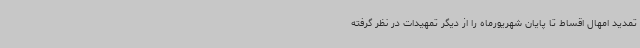
تمدید امهال اقساط تا پایان شهریورماه را از دیگر تمهیدات در نظر گرفته